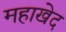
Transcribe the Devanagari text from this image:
महाखेद